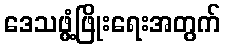
ဒေသဖွံ့ဖြိုးရေးအတွက်